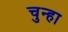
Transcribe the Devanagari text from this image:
चुन्हा